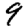
Digit: 9